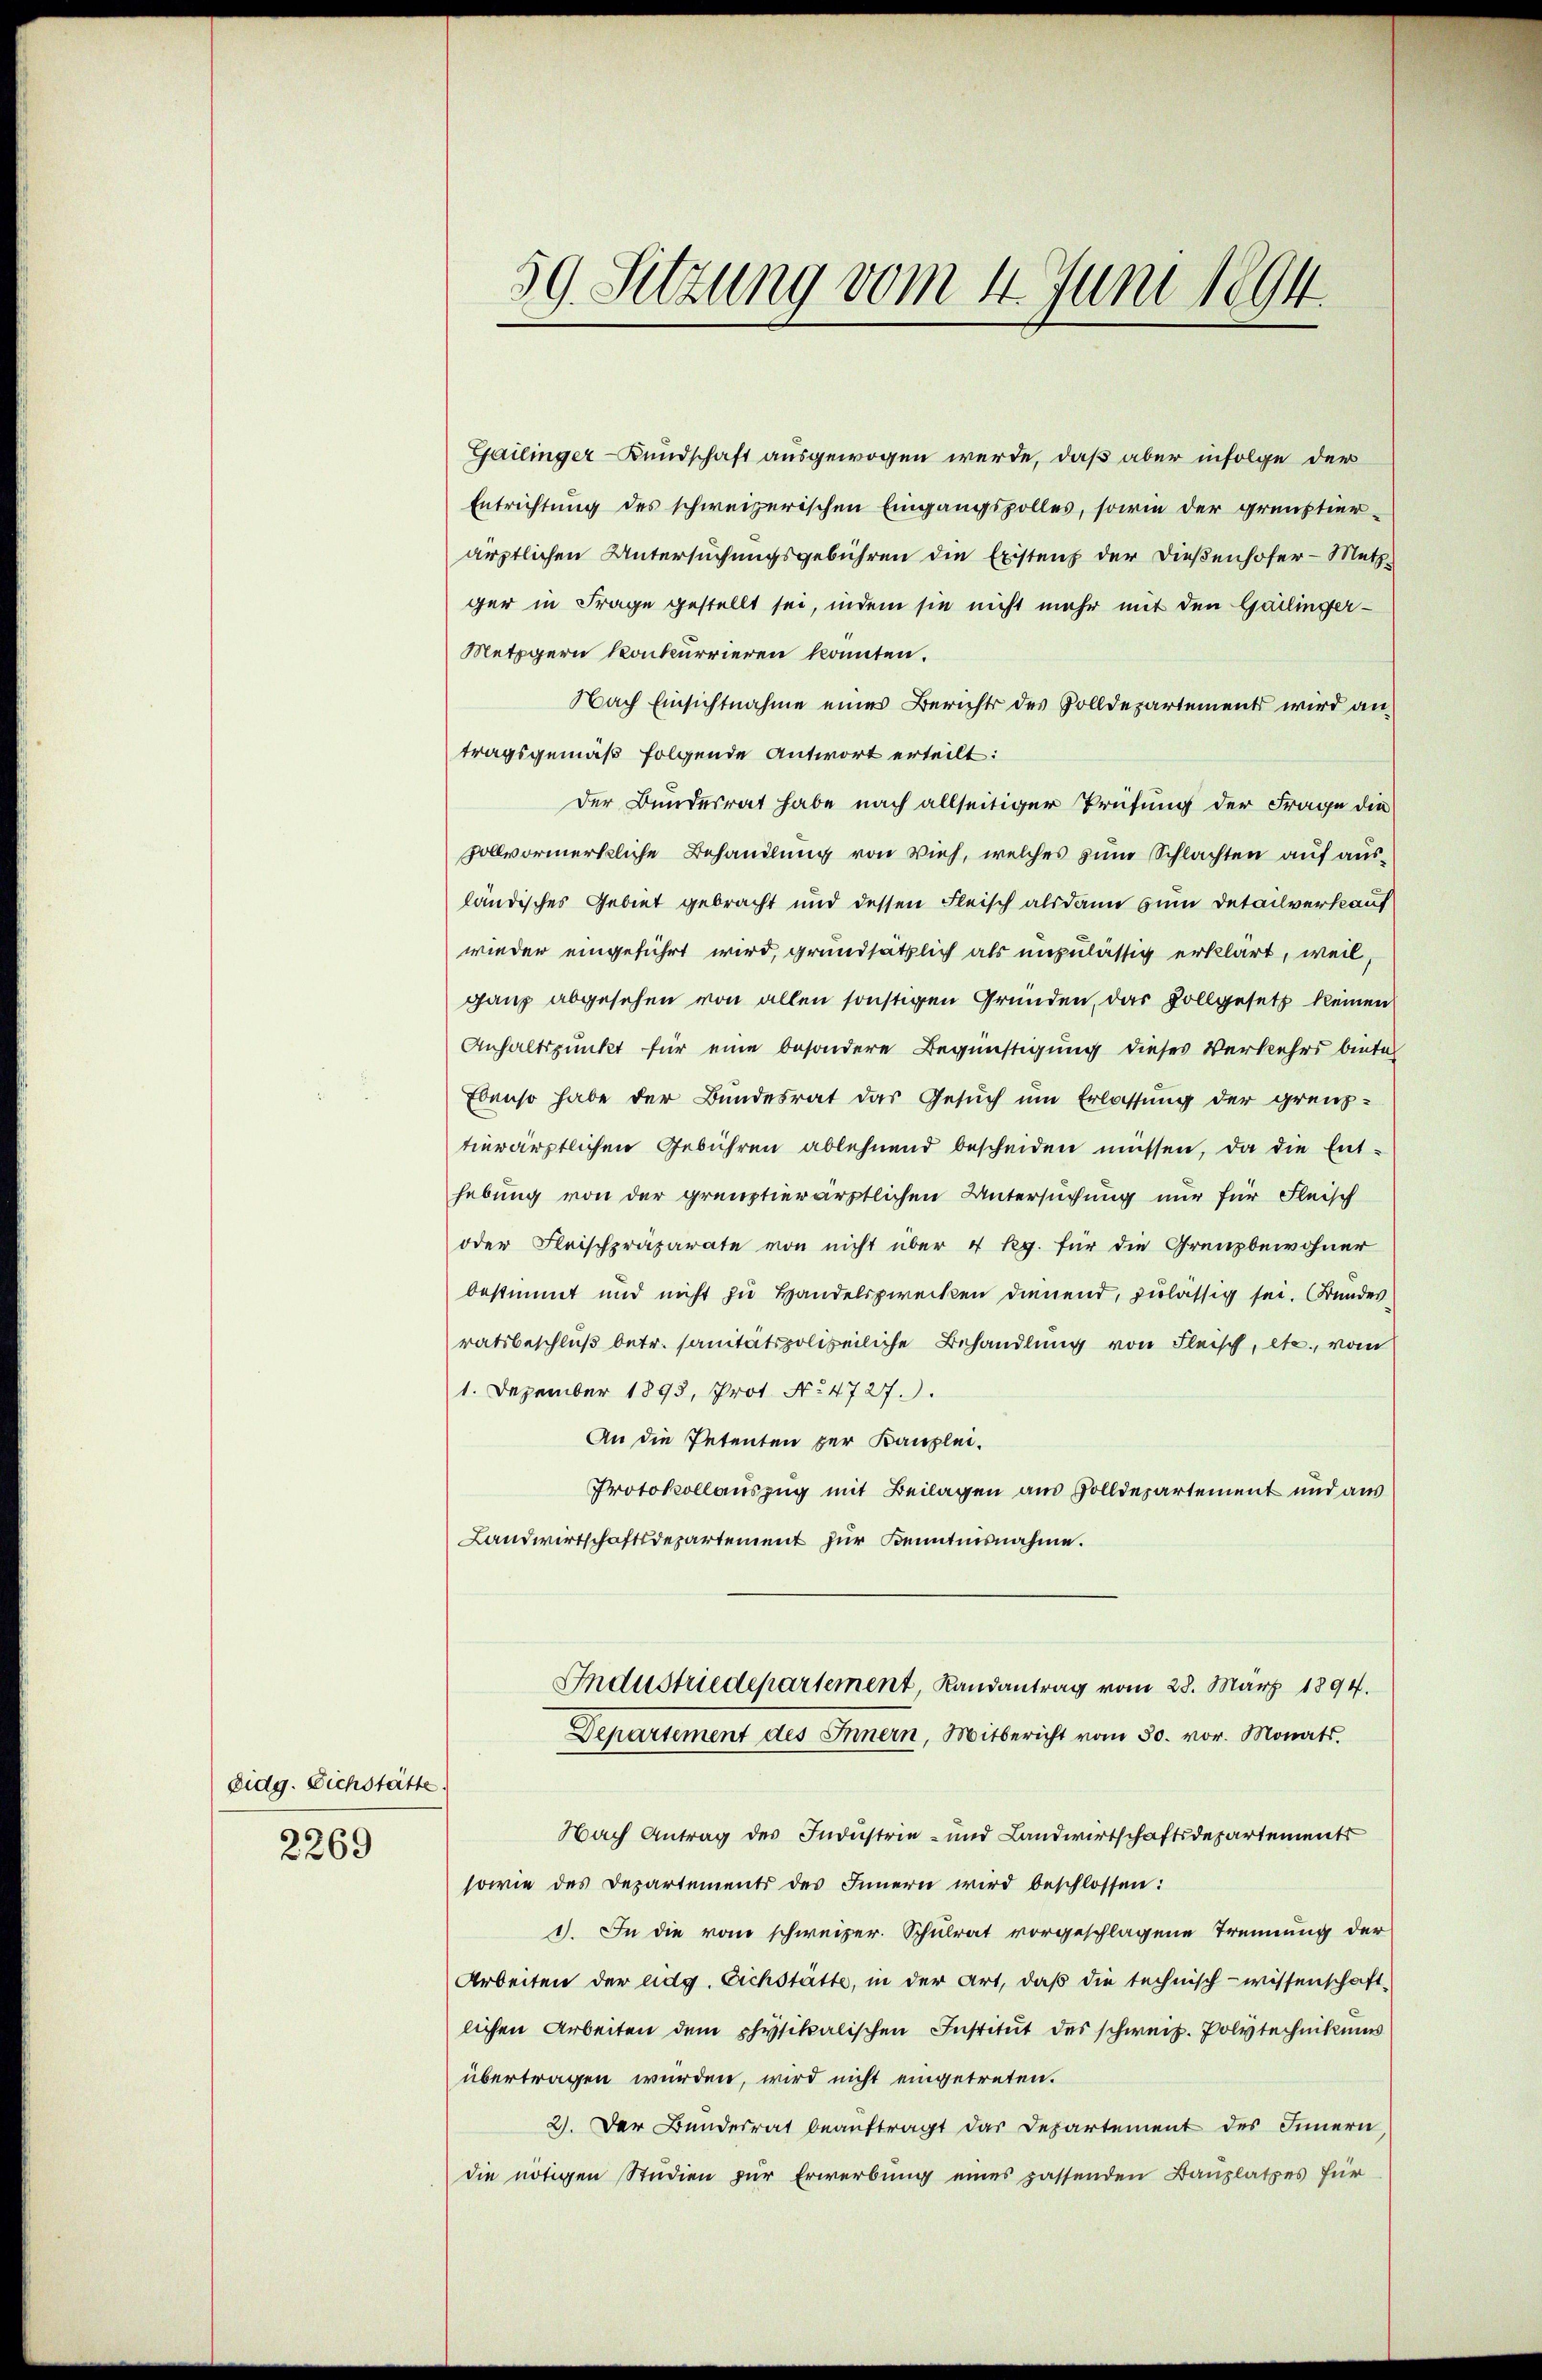
Eidg. Eichstätte.
2269

59. Sitzung vom 4. Juni 1894.

Gailinger-Bundschaft ausgewogen werde, daß aber infolge der
Entrichtung des schweizerischen Eingangspolles, sowie der grünstier-
ärztlichen Untersuchungsgebühren die Existenz der Dießenhofer-Metzger in Frage gestellt sei, indem sie nicht mehr mit den Gailinger-
Metzgern konkurrieren konnten.
Nach Einsichtnahme eines Berichts des Volldepartements wird an
tragsgemäß folgende Antwort erteilt:
der Bundesrat habe nach allseitiger Prüfung der Frage die
vollvormerkliche Behandlung von Vieh, welches zum Schlachten auf ausländisches Gebiet gebracht und dessen Fleisch alsdann zum Detailverkauf
wieder eingeführt wird, grundsätzlich als unzulässig erklärt, weil,
ganz abgesehen von allen sonstigen Gründen, das Vollgesetz keinen
Anhaltspunkt für eine besondere Begünstigung dieses Verkehrs biete
Ebenso habe der Bundesrat das Gesuch um Erlassung der grenz-
tierärztlichen Gebühren ablehnend bescheiden müssen, da die Ent-
hebung von der grenztierärztlichen Untersuchung nur für Fleisch
oder Fleischpräparate von nicht über 4 Rp. für die Grenzbewohner
bestimmt und nicht zu Handelszwecken dienend, zulässig sei. Kundes
ratsbeschluß betr. sanitätspolizeiliche Behandlung von Fleisch, etc., vom
1. Dezember 1893, Prot. No 4727.).
An die Petenten zur Kanzlei-
Protokollauszug mit Beilagen aus Zolldepartement und aus
Landwirtschaftsdepartement zur Kenntnisnahme.
Industriedepartement, Landantrag vom 28. März 1894.
Departement des Innern, Mitbericht vom 30. vor. Monats.
Nach Antrag des Industrie- und Landwirtschaftsdepartements
sowie des Departements des Innern wird beschlossen:
1). In die vom schweizer. Schulrat vorgeschlagene Trennung der
Arbeiten der eidg. Eichstätte, in der Art, daß die technisch-wissenschaft-
lichen Arbeiten dem physikalischen Institut des schweiz. Polytechnikums
übertragen wurden, wird nicht eingetreten.
2). Der Bundesrat beauftragt das Departement des Innern,
die nötigen Studien zur Erwerbung eines passenden Bauplatzes für